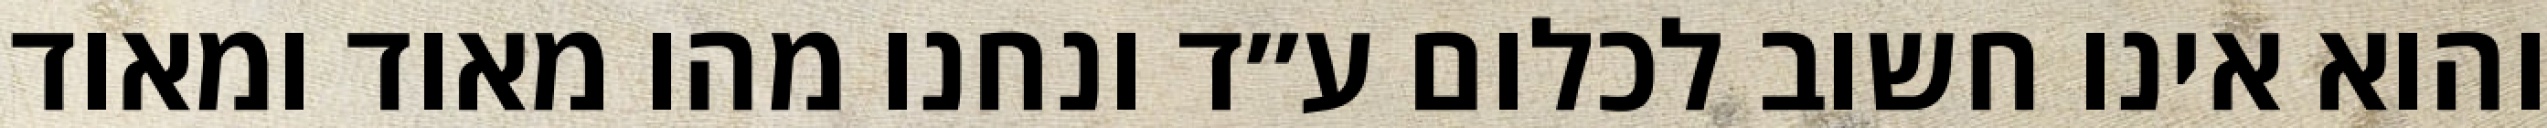
והוא אינו חשוב לכלום ע״ד ונחנו מהו מאוד ומאוד